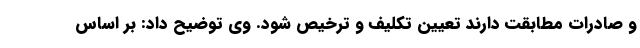
و صادرات مطابقت دارند تعیین تکلیف و ترخیص شود. وی توضیح داد: بر اساس